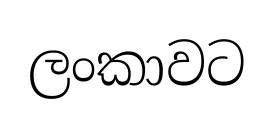
ලංකාවට